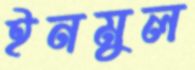
ইনমুল